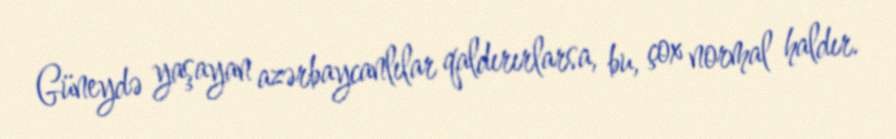
Güneydə yaşayan azərbaycanlılar qaldırırlarsa, bu, çox normal haldır.